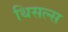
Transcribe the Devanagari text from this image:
थिसल्स